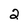
Character: 2